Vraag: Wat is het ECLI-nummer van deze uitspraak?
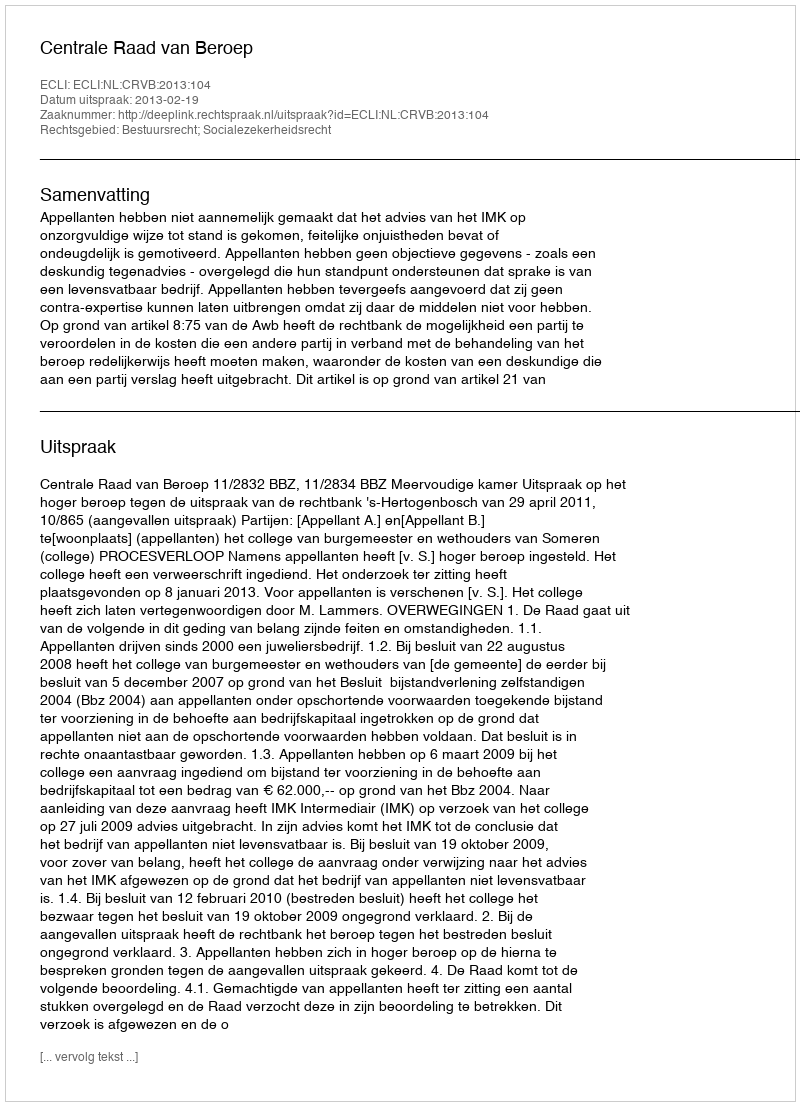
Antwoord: ECLI:NL:CRVB:2013:104